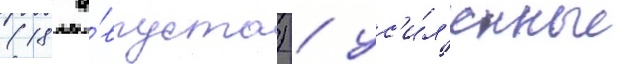
(18 а́вгуста) / ус'и́л'енные